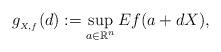
LaTeX: \begin{align*}g_{_{X,f}}(d):=\sup_{a\in\mathbb{R}^n} Ef(a+dX),\end{align*}